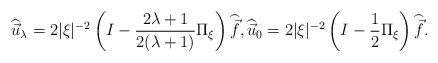
LaTeX: \begin{align*}\widehat{ \vec{u} }_{\lambda} = 2|\xi|^{-2} \left(I-\frac{2\lambda+1}{2(\lambda+1)}\Pi_\xi\right) \widehat{ \vec{f} }, \widehat{ \vec{u} }_{0} = 2|\xi|^{-2} \left(I-\frac{1}{2}\Pi_\xi\right) \widehat{ \vec{f} }.\end{align*}